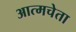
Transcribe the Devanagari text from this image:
आत्मचेता